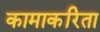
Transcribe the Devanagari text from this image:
कामाकरिता